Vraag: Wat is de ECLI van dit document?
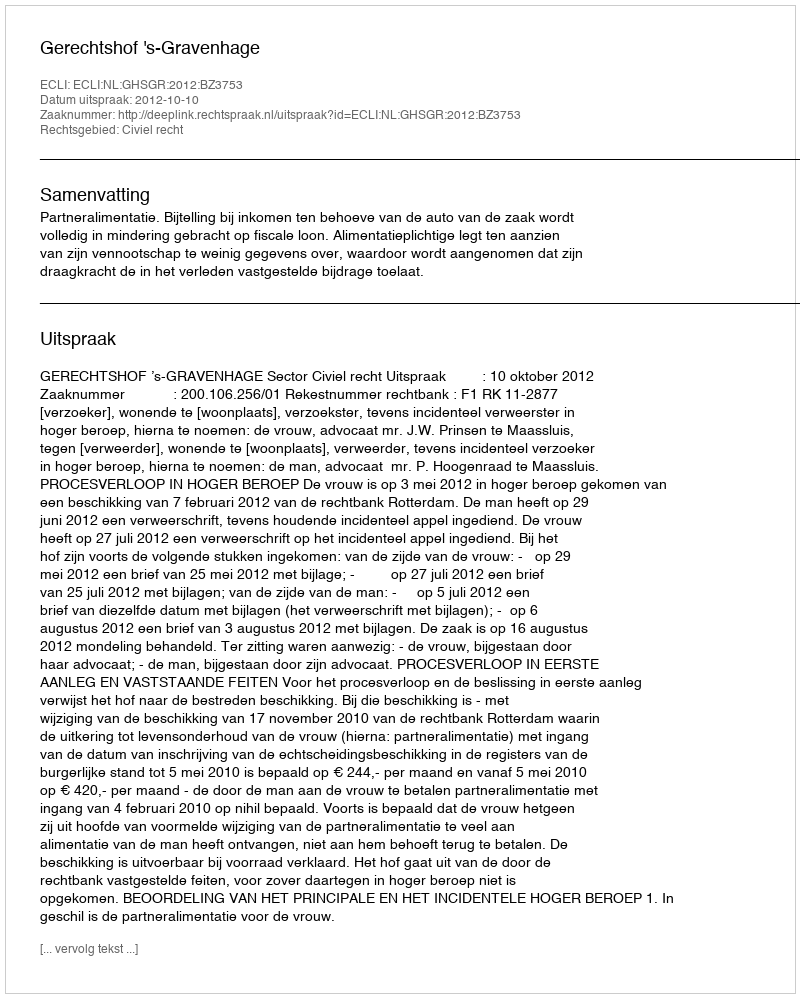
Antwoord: ECLI:NL:GHSGR:2012:BZ3753